Civil Veterinary Dept. Bombay admin report 1907-1913 - 1907-1913
Year: 1907
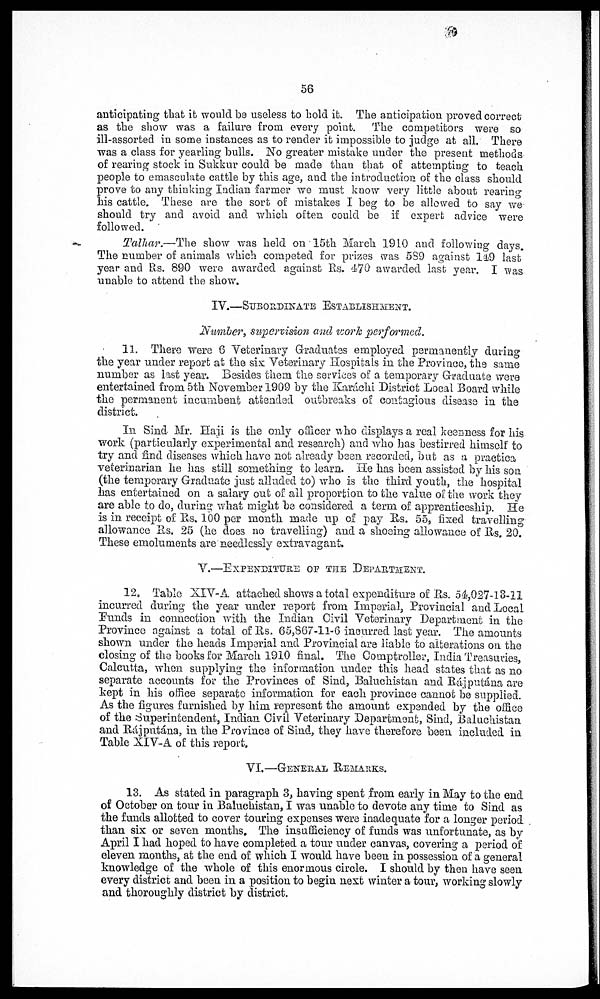
56
anticipating that it would be useless to hold it. The anticipation proved correct
as the show was a failure from every point. The competitors were so
ill-assorted in some instances as to render it impossible to judge at all. There
was a class for yearling bulls. No greater mistake under the present methods
of rearing stock in Sukkur could be made than that of attempting to teach
people to emasculate cattle by this age, and the introduction of the class should
prove to any thinking Indian farmer we must know very little about rearing
his cattle. These are the sort of mistakes I beg to be allowed to say we
should try and avoid and which often could be if expert advice were
followed.
Talhar.—The show was held on 15th March 1910 and following days.
The number of animals which competed for prizes was 5S9 against 149 last
year and Rs. 890 were awarded against Rs. 470 awarded last year. I was
unable to attend the show.
IV.—SUBORDINATE ESTABLISHMENT.
Number, supervision and work performed.
11. There were 6 Veterinary Graduates employed permanently during
the year under report at the six Veterinary Hospitals in the Province, the same
number as last year. Besides them the services of a temporary Graduate were
entertained from 5th November 1909 by the Karáchi District Local Board while
the permanent incumbent attended outbreaks of contagious disease in the
district.
In Sind Mr. Haji is the only officer who displays a real keenness for his
work (particularly experimental and research) and who has bestirred himself to
try and find diseases which have not already been recorded, but as a practica
veterinarian he has still something to learn. He has been assisted by his son
(the temporary Graduate just alluded to) who is the third youth, the hospital
has entertained on a salary out of all proportion to the value of the work they
are able to do, during what might be considered a term of apprenticeship. He
is in receipt of Rs. 100 per month made up of pay Rs. 55, fixed travelling
allowance lis. 25 (he does no travelling) and a shoeing allowance of Rs. 20.
These emoluments are needlessly extravagant.
V.—EXPENDITURE OF THE DEPARTMENT.
12. Table XIV-A. attached shows a total expenditure of Rs. 54,027-13-11
incurred during the year under report from Imperial, Provincial and Local
Funds in connection with the Indian Civil Veterinary Department in the
Province against a total of Rs. 65,867-11-6 incurred last year. The amounts
shown under the heads Imperial and Provincial are liable to alterations on the
closing of the books for March 1910 final. The Comptroller, India Treasuries,
Calcutta, when supplying the information under this head states that as no
separate accounts for the Provinces of Sind, Baluchistan and Rájputána are
kept in his office separate information for each province cannot be supplied.
As the figures furnished by him represent the amount expended by the office
of the Superintendent, Indian Civil Veterinary Department, Sind, Baluchistan
and Rájputána, in the Province of Sind, they have therefore been included in
Table XIV-A of this report.
VI.—GENERAL REMARKS.
13. As stated in paragraph 3, having spent from early in May to the end
of October on tour in Baluchistan, I was unable to devote any time to Sind as
the funds allotted to cover touring expenses were inadequate for a longer period
than six or seven months. The insufficiency of funds was unfortunate, as by
April I had hoped to have completed a tour under canvas, covering a period of
eleven months, at the end of which I would have been in possession of a general
knowledge of the whole of this enormous circle. I should by then have seen
every district and been in a position to begin next winter a tour, working slowly
and thoroughly district by district.